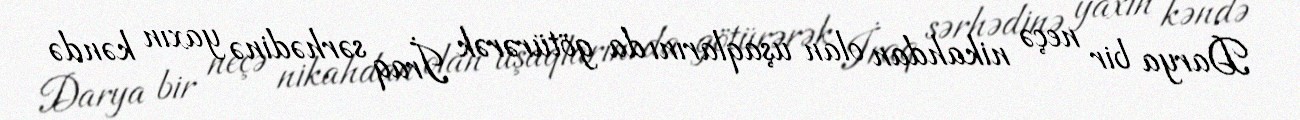
Darya bir neçə nikahdan olan uşaqlarını da götürərək İraq sərhədinə yaxın kəndə